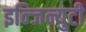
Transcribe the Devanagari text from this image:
इन्जिन्युटी